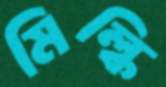
মিল্কি